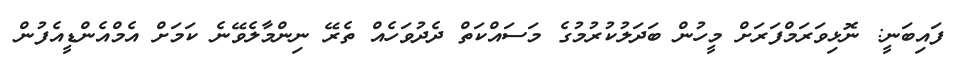
ފައިބަނީ: ނޮޅިވަރަމްފަރަށް މީހުން ބަދަލުކުރުމުގެ މަސައްކަތް ދެދުވަހެއް ތެރޭ ނިންމާލެވޭނެ ކަމަށް އެމްއެންޑީއެފުން